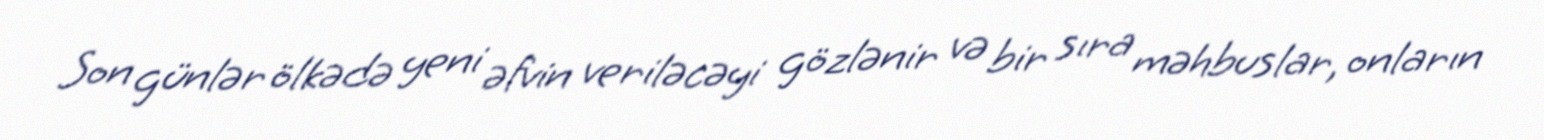
Son günlər ölkədə yeni əfvin veriləcəyi gözlənir və bir sıra məhbuslar, onların